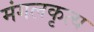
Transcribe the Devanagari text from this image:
मंगलकृत्य